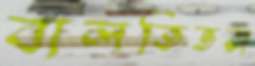
বালতিভরা